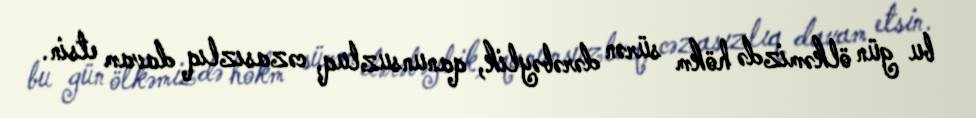
bu gün ölkəmizdə hökm sürən dərəbəylik, qanunsuzluq, cəzasızlıq davam etsin.